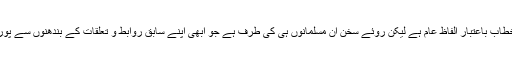
اعلان براء ت مومنین کی تطہیر کے لیے ایک کسوٹی: اوپر ہم اشارہ کر آئے ہیں کہ ہر چند یہاں خطاب باعتبار الفاظ عام ہے لیکن روئے سخن ان مسلمانوں ہی کی طرف ہے جو ابھی اپنے سابق روابط و تعلقات کے بندھنوں سے پوری طرح آزاد نہیں ہوئے تھے اس وجہ سے ان کے لیے یہ اعلان برأت ایک سخت آزمائش بن گیا۔